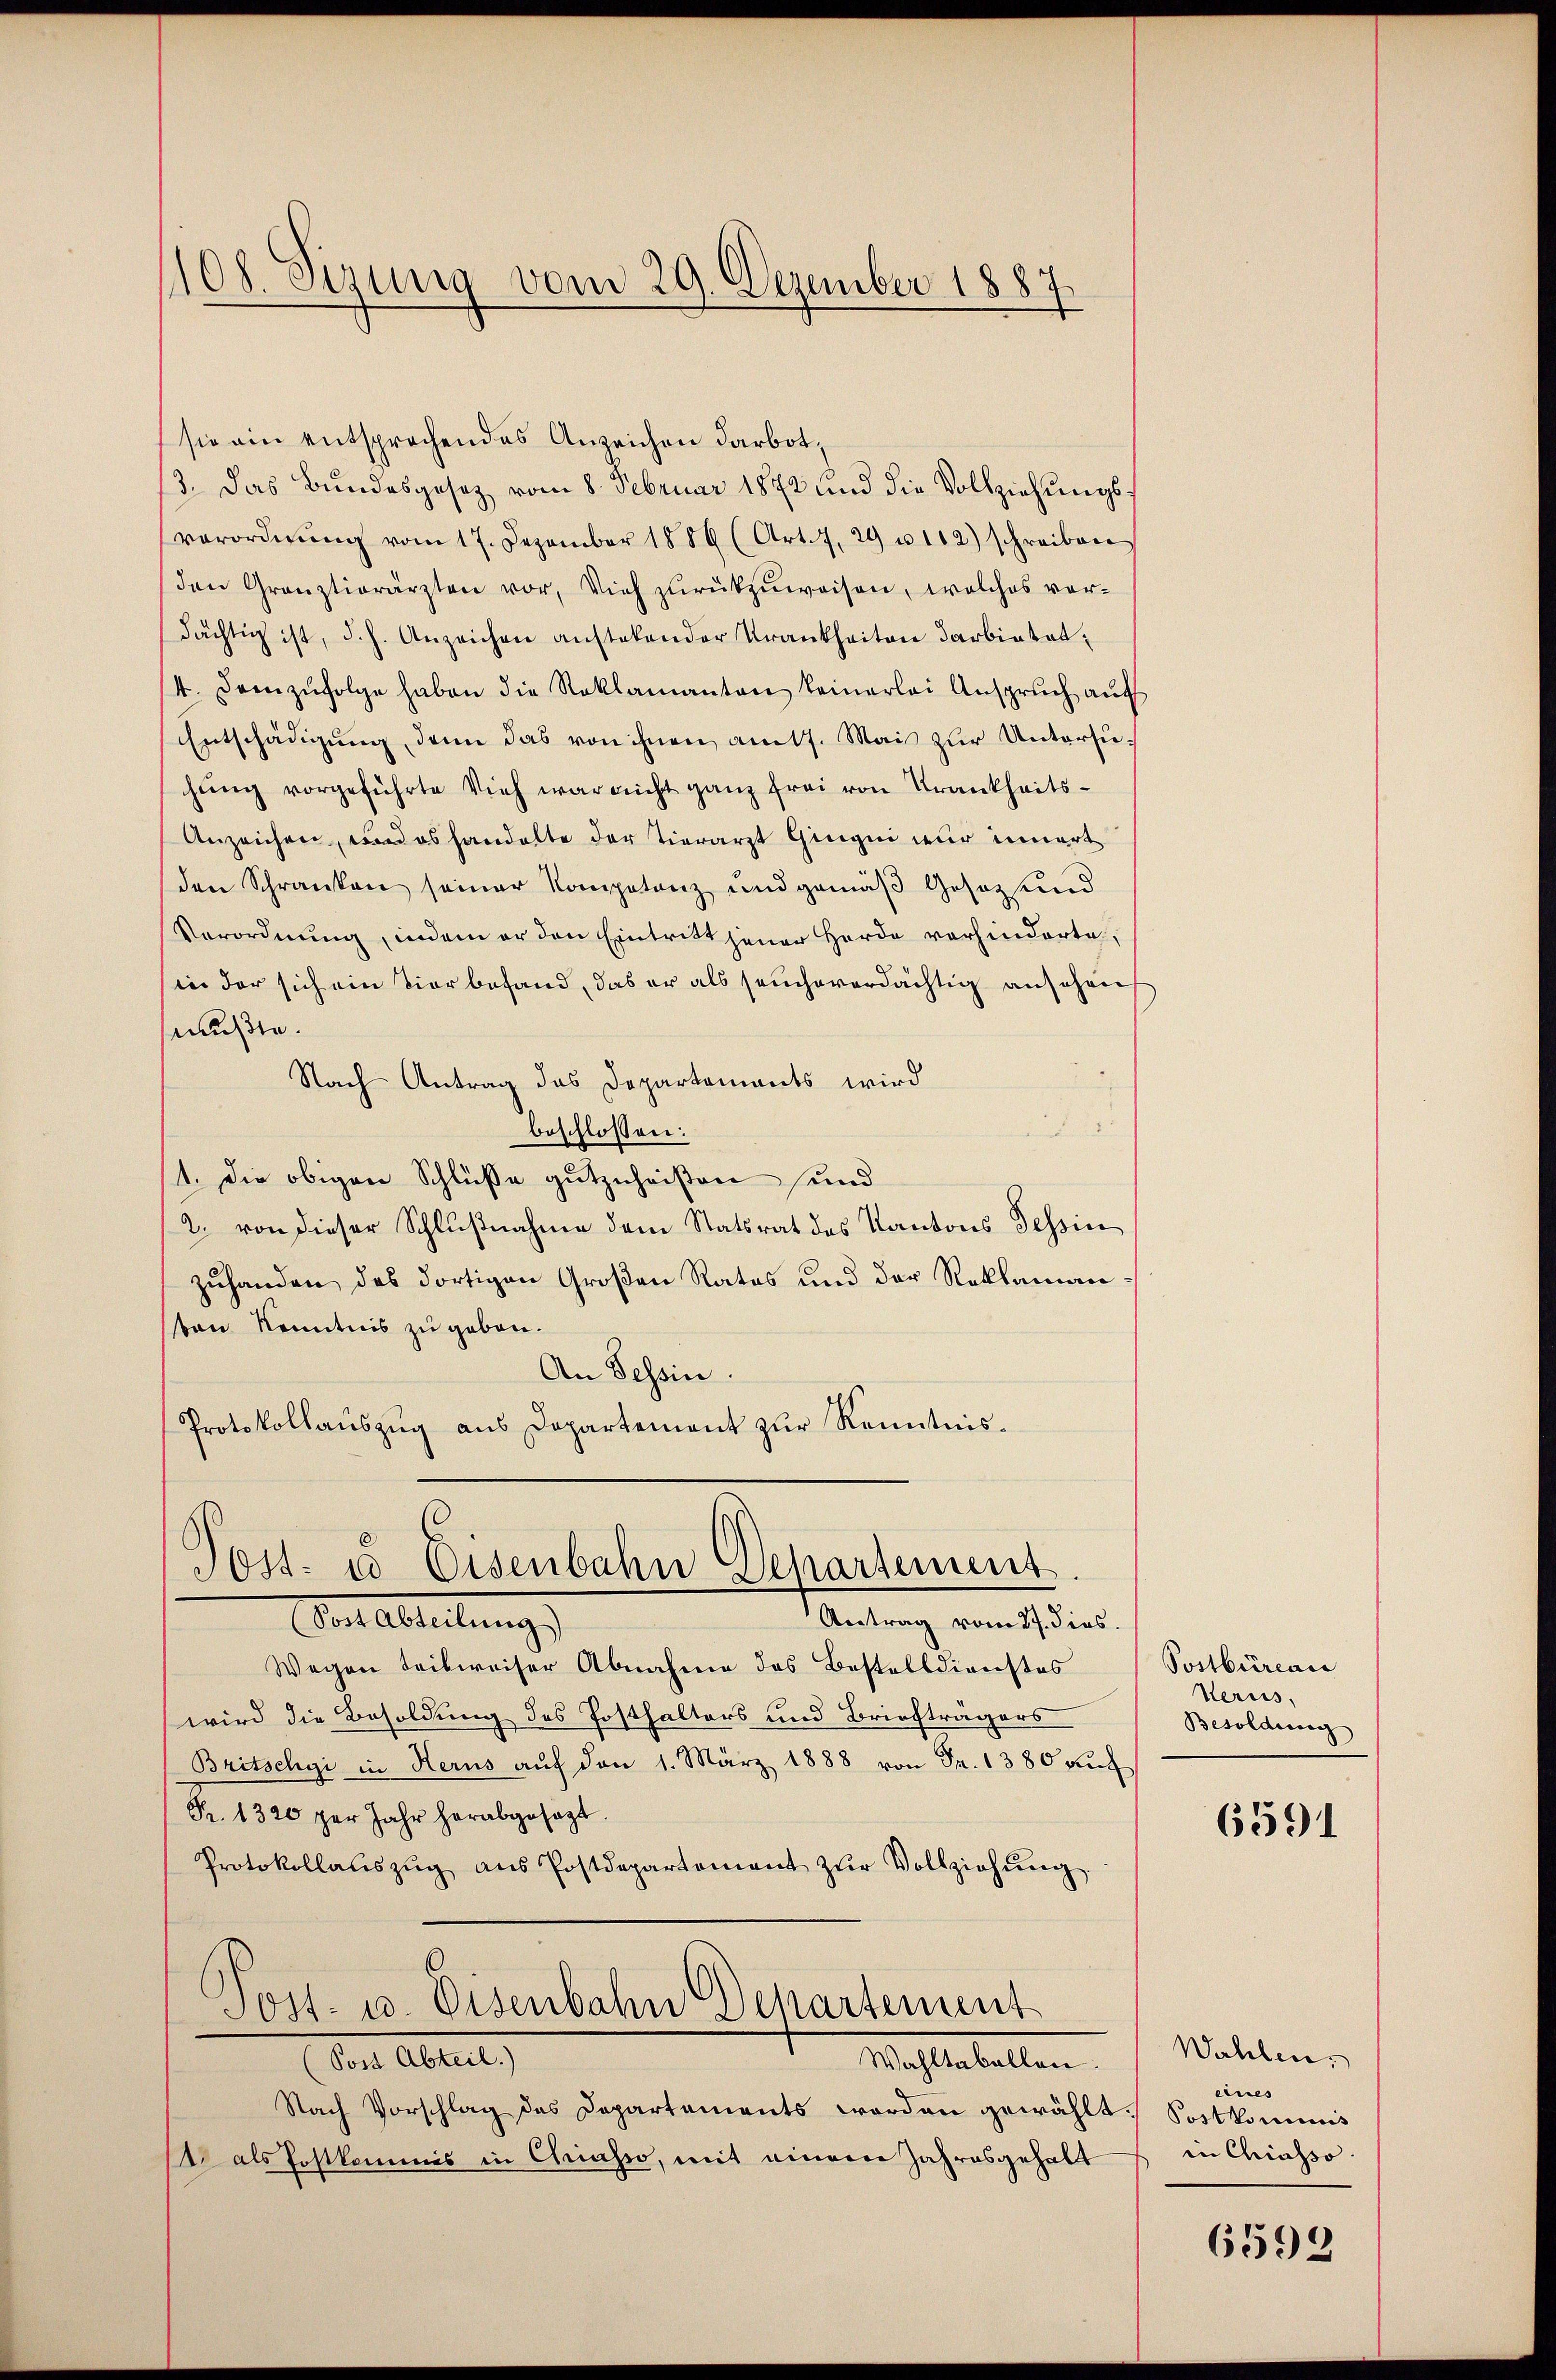
108. Sizung vom 29. Dezember 1887.

sie ein entsprochendes Anzeichen darbot,
3. Das Bundesgesetz vom 8. Februar 1872 und die Vollziehungsverordnŭng vom 17. Dezember 1886 (Art. 7. 29 u. 112) schreiben
(den Grauztierärzten vor, Vieh zurückzuweisen, welches vordächtig ist, d. h. Anzeichen anstehender Krankheiten darbiatat¬
4. Demzufolge haben die Reklamanten keinerlei Ansprŭch aŭf
Entschädigŭng, dann das von ihnen am 17. Mais zur Untersuhŭng vorgeführte Vieh war nicht ganz frei von Krankheits¬
Anzeichen, und es handelte der Tierarzt Gingen wir innert
den Schranken seiner Kompetenz und gemäß Gesetz und
Verordnung, indem er den Eintritt jener Herde vorhinderte,
in der sich ein Vier befand, das er als seucheverdächtig ansehen
mußte.
Nach Antrag das Departements wird
beschlossen:
1. Die obigen Schlüße gutzuheißen und
2. von dieser Schlußnahme dem Statsrat des Kantons Tessin
zuhanden das dortigen Großen Rates und der Reklamanton Kenntnis zu geben.
An Tessin.
Protokollauszug aus Departement zur Kenntnis¬

Post. es Eisenbahn Departement
Bern Abteilungs
Antrag vom 27. dies

Wegen Leibweiser Abnahme des Bestelldienstes
wird die Besoldung des Posthalters und Briefträgers
Britschyi in Herus auf den 1. März 1888 von Fr. 1380 un
Fr. 1320 per Jahr herabgesagt.
Protokollanszŭg aŭs Postdepartement zŭr Vollziehŭng.
.
Sost- u. Eisenbahn Departement
(Post Abteil.)
Wahltabellen.
Nach Vorschlag des Departements worden gewähl
1 als Postkommis in Chiasso, mit einem Jahresgehalt

u
Postbureau
Nerus.
Besoldung
.

6591

Wahlen.
eines
. Postkommis
in Chiasso.

6592